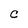
Character: C